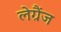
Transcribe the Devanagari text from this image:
लेग्रैंज